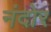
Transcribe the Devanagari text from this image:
नंदोर